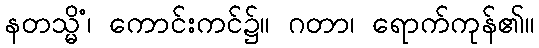
နတသ္မိံ၊ ကောင်းကင်၌။ ဂတာ၊ ရောက်ကုန်၏။